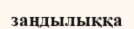
заңдылыққа